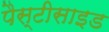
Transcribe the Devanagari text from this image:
पैस्टीसाइड